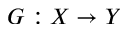
G : X \rightarrow Y